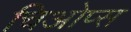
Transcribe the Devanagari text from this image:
चिओप्स